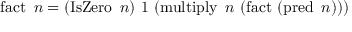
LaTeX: \operatorname { f a c t } \ n = ( \operatorname { I s Z e r o } \ n ) \ 1 \ ( \operatorname { m u l t i p l y } \ n \ ( \operatorname { f a c t } \ ( \operatorname { p r e d } \ n ) ) )